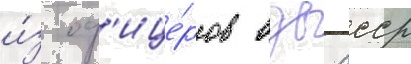
и́з оф'ице́ров вдв ссср